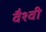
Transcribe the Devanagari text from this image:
वैश्वी